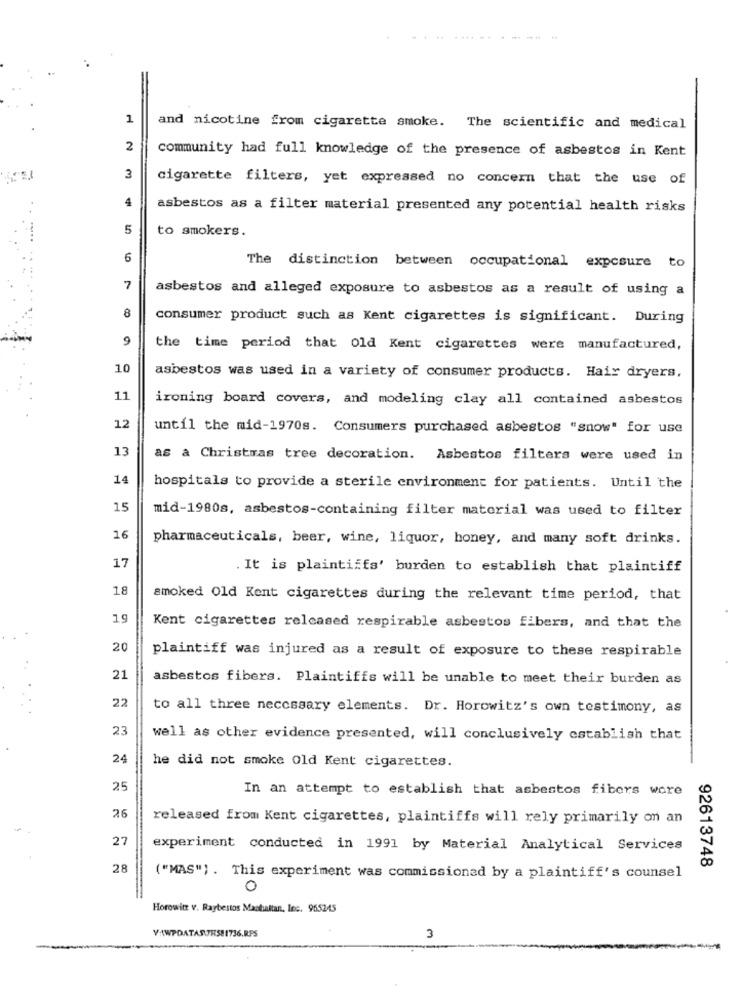
1
and nicotine from cigarette smoke. The scientific and medical
2
community had full knowledge of the presence of asbestos in Kent
3
cigarette filters, yet expressed no concern that the use of
4
asbestos as a filter material presented any potential health risks
5
to smokers.
6
The distinction between occupational exposure to
7
asbestos and alleged exposure to asbestos as a result of using a
8
consumer product such as Kent cigarettes is significant. During
9
the time period that old Kent cigarettes were manufactured,
10
asbestos was used in a variety of consumer products. Hair dryers,
11
ironing board covers, and modeling clay all contained asbestos
12
until the mid-1970s. Consumers purchased asbestos "snow" for use
13
as a Christmas tree decoration. Asbestos filters were used in
14
hospitals to provide a sterile environment for patients. Until the
15
mid-1980s, asbestos-containing filter material was used to filter
16
pharmaceuticals, beer, wine, liquor, honey, and many soft drinks.
17
. It is plaintiffs' burden to establish that plaintiff
18
smoked Old Kent cigarettes during the relevant time period, that
1g
Kent cigarettes released respirable asbestos fibers, and that the
20
plaintiff was injured as a result of exposure to these respirable
21
asbestos fibers. Plaintiffs will be unable to meet their burden as
22
to all three necessary elements. Dr. Horowitz's own testimony, as
23
well as other evidence presented, will conclusively establish that
24
he did not smoke Old Kent cigarettes.
25
In an attempt to establish that asbestos fibers wore
26
released from Kent cigarettes, plaintiffs will rely primarily on an
27
experiment conducted in 1991 by Material Analytical Services
28
92613748
("MAS") . This experiment was commissioned by a plaintiff's counsel
0
Horowitz v. Raybestos Maatultan, Inc. 955245
VAWPDATASTRS81736.RPS
3